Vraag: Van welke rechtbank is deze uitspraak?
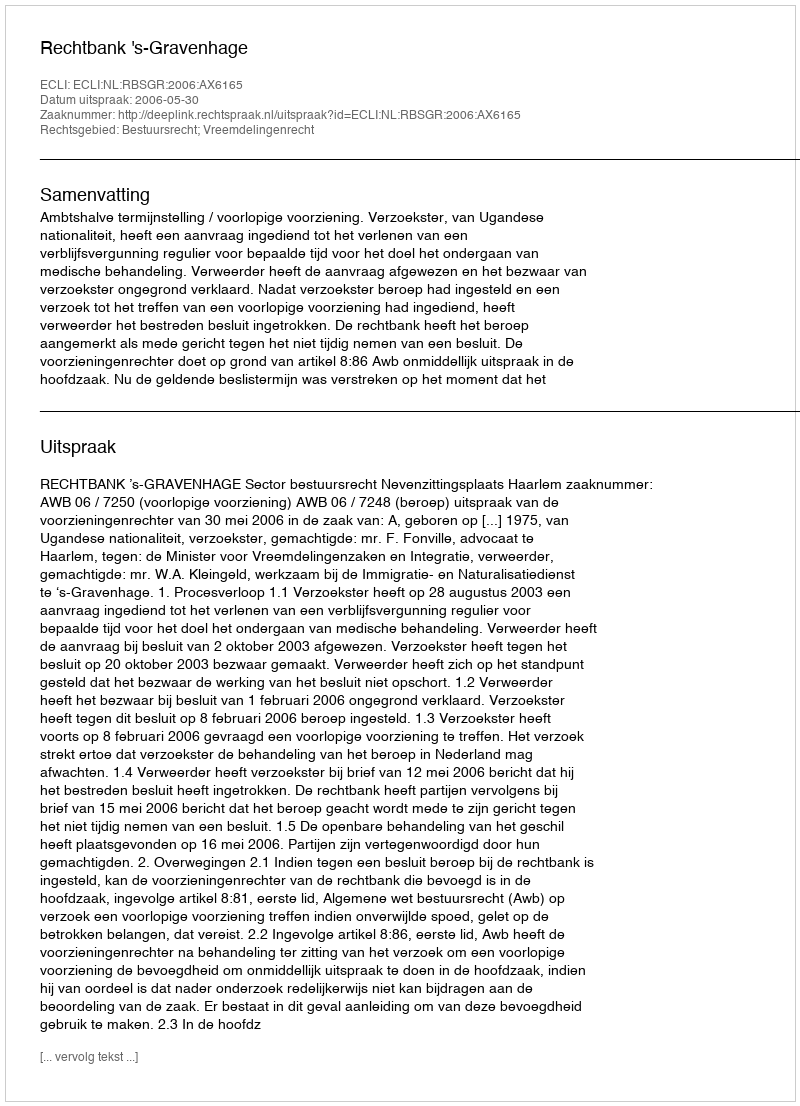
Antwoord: Rechtbank 's-Gravenhage